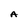
Character: A